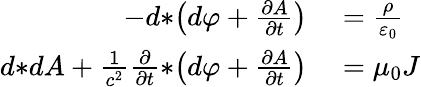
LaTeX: \begin{array}{rl}{-d{*}\! \left(d\varphi+{\frac{\partial A}{\partial t}}\right)}&{{}={\frac{\rho}{\varepsilon_{0}}}}\\ {d{*}dA+{\frac{1}{c^{2}}}{\frac{\partial}{\partial t}}{*}\! \left(d\varphi+{\frac{\partial A}{\partial t}}\right)}&{{}=\mu_{0}J}\end{array}